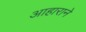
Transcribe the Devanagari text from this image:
आहाराने